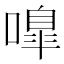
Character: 嘷